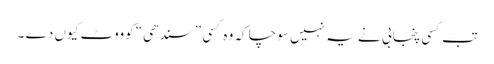
تب کسی پنجابی نے یہ نہیں سوچا کہ وہ کسی ”سندھی“ کوووٹ کیوں دے ۔